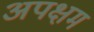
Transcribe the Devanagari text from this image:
अपक्षम